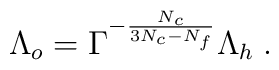
\Lambda_o=\Gamma^{-{N_c\over 3N_c-N_f}}\Lambda_h\;.